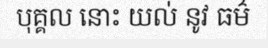
បុគ្គល នោះ យល់ នូវ ធម៌